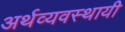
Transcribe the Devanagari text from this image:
अर्थव्यवस्थायी